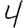
Digit: 4